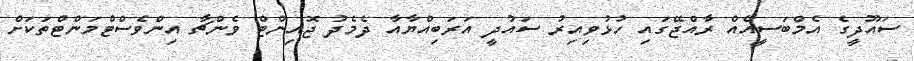
ސައޫދީގެ އެމްބަސީއެއް ރާއްޖޭގައި ހުޅުވިއިރު ސައުދީ އަރަބިއްޔާއާ ދެމެދު ޖޮއިންޓް ވެންޗާ އިންވެސްޓްމަންޓްތަކަށް